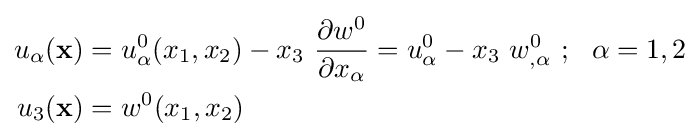
{\begin{aligned}u_{\alpha }(\mathbf {x} )&=u_{\alpha }^{0}(x_{1},x_{2})-x_{3}~{\frac {\partial w^{0}}{\partial x_{\alpha }}}=u_{\alpha }^{0}-x_{3}~w_{,\alpha }^{0}~;~~\alpha =1,2\\u_{3}(\mathbf {x} )&=w^{0}(x_{1},x_{2})\end{aligned}}